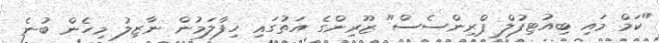
"ކަމް މައި ބިއުޓިފުލް ޕްރިންސެސް" ޒޫރިންގެ އަތުގައި ހިފާލަމުން ނާޒިލު މިހެން ބުނެ